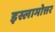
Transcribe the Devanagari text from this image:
इस्लामोत्तर